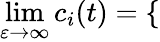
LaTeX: \operatorname*{lim}_{\varepsilon\to\infty}c_{i}(t)=\left\{ \begin{array}{rl}\end{array}\right.